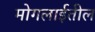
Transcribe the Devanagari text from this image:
मोगलाईतील